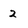
Character: 2